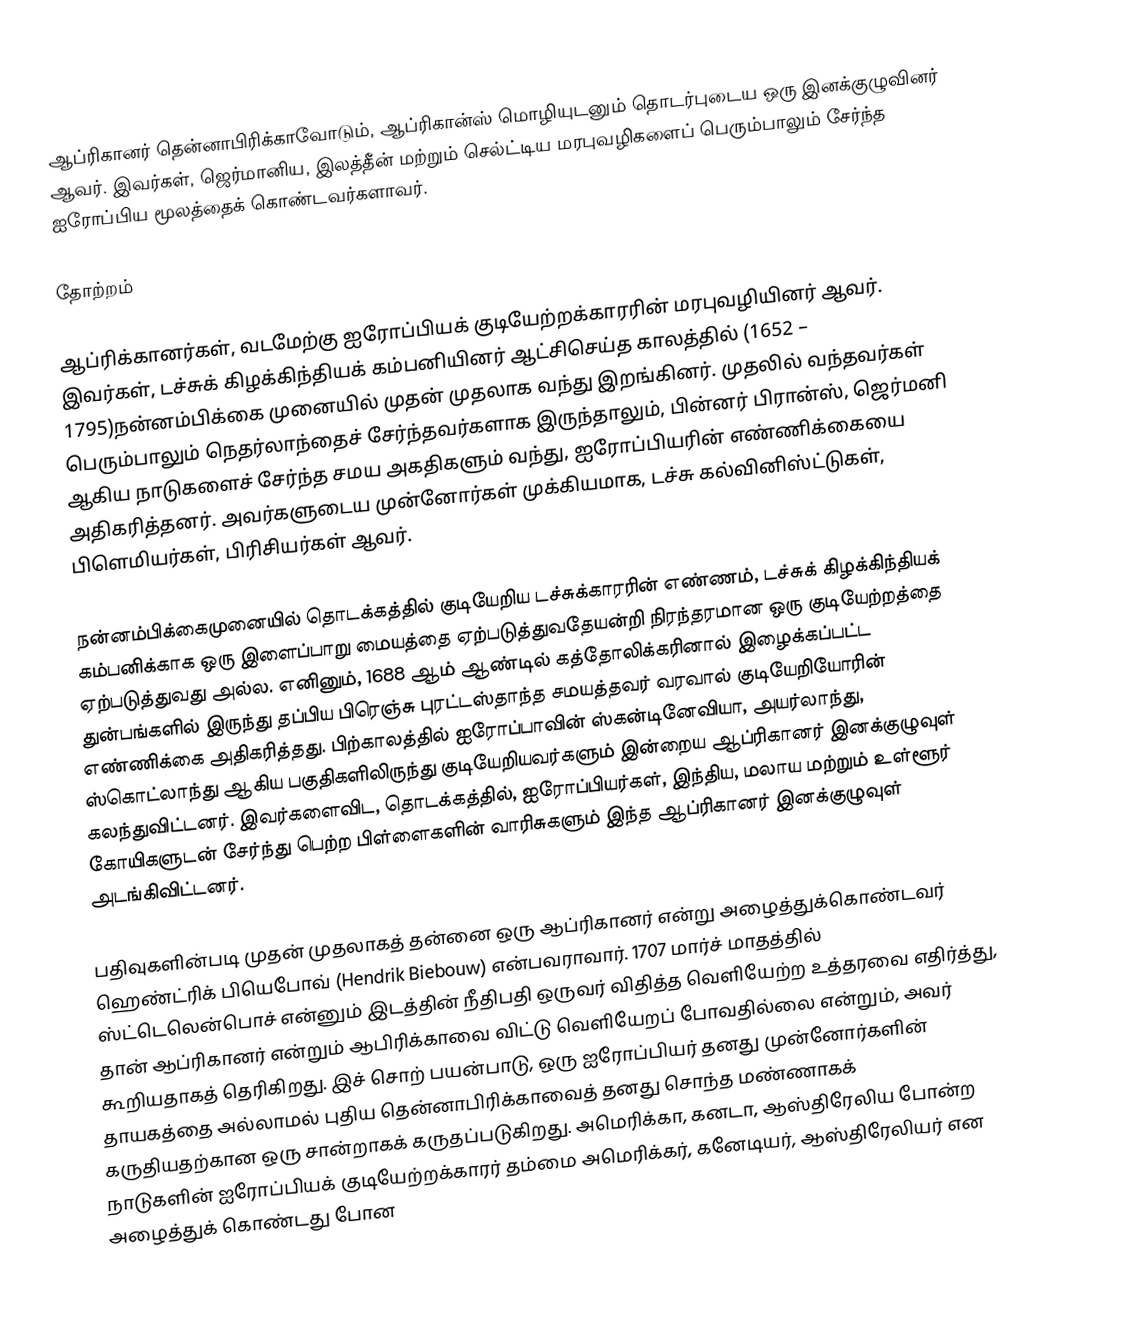
ஆப்ரிகானர் தென்னாபிரிக்காவோடும், ஆப்ரிகான்ஸ் மொழியுடனும் தொடர்புடைய ஒரு இனக்குழுவினர் ஆவர். இவர்கள், ஜெர்மானிய, இலத்தீன் மற்றும் செல்ட்டிய மரபுவழிகளைப் பெரும்பாலும் சேர்ந்த ஐரோப்பிய மூலத்தைக் கொண்டவர்களாவர்.

தோற்றம்

ஆப்ரிக்கானர்கள், வடமேற்கு ஐரோப்பியக் குடியேற்றக்காரரின் மரபுவழியினர் ஆவர். இவர்கள், டச்சுக் கிழக்கிந்தியக் கம்பனியினர் ஆட்சிசெய்த காலத்தில் (1652 – 1795)நன்னம்பிக்கை முனையில் முதன் முதலாக வந்து இறங்கினர். முதலில் வந்தவர்கள் பெரும்பாலும் நெதர்லாந்தைச் சேர்ந்தவர்களாக இருந்தாலும், பின்னர் பிரான்ஸ், ஜெர்மனி ஆகிய நாடுகளைச் சேர்ந்த சமய அகதிகளும் வந்து, ஐரோப்பியரின் எண்ணிக்கையை அதிகரித்தனர். அவர்களுடைய முன்னோர்கள் முக்கியமாக, டச்சு கல்வினிஸ்ட்டுகள், பிளெமியர்கள், பிரிசியர்கள் ஆவர்.

நன்னம்பிக்கைமுனையில் தொடக்கத்தில் குடியேறிய டச்சுக்காரரின் எண்ணம், டச்சுக் கிழக்கிந்தியக் கம்பனிக்காக ஒரு இளைப்பாறு மையத்தை ஏற்படுத்துவதேயன்றி நிரந்தரமான ஒரு குடியேற்றத்தை ஏற்படுத்துவது அல்ல. எனினும், 1688 ஆம் ஆண்டில் கத்தோலிக்கரினால் இழைக்கப்பட்ட துன்பங்களில் இருந்து தப்பிய பிரெஞ்சு புரட்டஸ்தாந்த சமயத்தவர் வரவால் குடியேறியோரின் எண்ணிக்கை அதிகரித்தது. பிற்காலத்தில் ஐரோப்பாவின் ஸ்கன்டினேவியா, அயர்லாந்து, ஸ்கொட்லாந்து ஆகிய பகுதிகளிலிருந்து குடியேறியவர்களும் இன்றைய ஆப்ரிகானர் இனக்குழுவுள் கலந்துவிட்டனர். இவர்களைவிட, தொடக்கத்தில், ஐரோப்பியர்கள், இந்திய, மலாய மற்றும் உள்ளூர் கோயிகளுடன் சேர்ந்து பெற்ற பிள்ளைகளின் வாரிசுகளும் இந்த ஆப்ரிகானர் இனக்குழுவுள் அடங்கிவிட்டனர்.

பதிவுகளின்படி முதன் முதலாகத் தன்னை ஒரு ஆப்ரிகானர் என்று அழைத்துக்கொண்டவர் ஹெண்ட்ரிக் பியெபோவ் (Hendrik Biebouw) என்பவராவார். 1707 மார்ச் மாதத்தில் ஸ்ட்டெலென்பொச் என்னும் இடத்தின் நீதிபதி ஒருவர் விதித்த வெளியேற்ற உத்தரவை எதிர்த்து, தான் ஆப்ரிகானர் என்றும் ஆபிரிக்காவை விட்டு வெளியேறப் போவதில்லை என்றும், அவர் கூறியதாகத் தெரிகிறது. இச் சொற் பயன்பாடு, ஒரு ஐரோப்பியர் தனது முன்னோர்களின் தாயகத்தை அல்லாமல் புதிய தென்னாபிரிக்காவைத் தனது சொந்த மண்ணாகக் கருதியதற்கான ஒரு சான்றாகக் கருதப்படுகிறது. அமெரிக்கா, கனடா, ஆஸ்திரேலிய போன்ற நாடுகளின் ஐரோப்பியக் குடியேற்றக்காரர் தம்மை அமெரிக்கர், கனேடியர், ஆஸ்திரேலியர் என அழைத்துக் கொண்டது போன